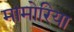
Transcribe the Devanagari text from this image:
मामोरिया